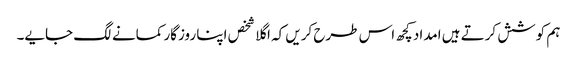
ہم کوشش کرتے ہیں امداد کچھ اس طرح کریں کہ اگلا شخص اپنا روزگار کمانے لگ جایے۔